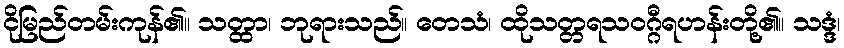
ငိုမြည်တမ်းကုန်၏။ သတ္ထာ၊ ဘုရားသည်။ တေသံ၊ ထိုသတ္တရသဝဂ္ဂီရဟန်းတို့၏။ သဒ္ဒံ၊